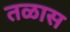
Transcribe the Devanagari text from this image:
तळास